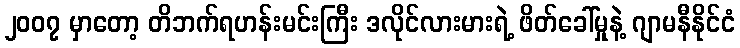
၂၀၀၇ မှာတော့ တိဘက်ရဟန်းမင်းကြီး ဒလိုင်လားမားရဲ့ ဖိတ်ခေါ်မှုနဲ့ ဂျာမနီနိုင်ငံ